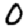
Digit: 0